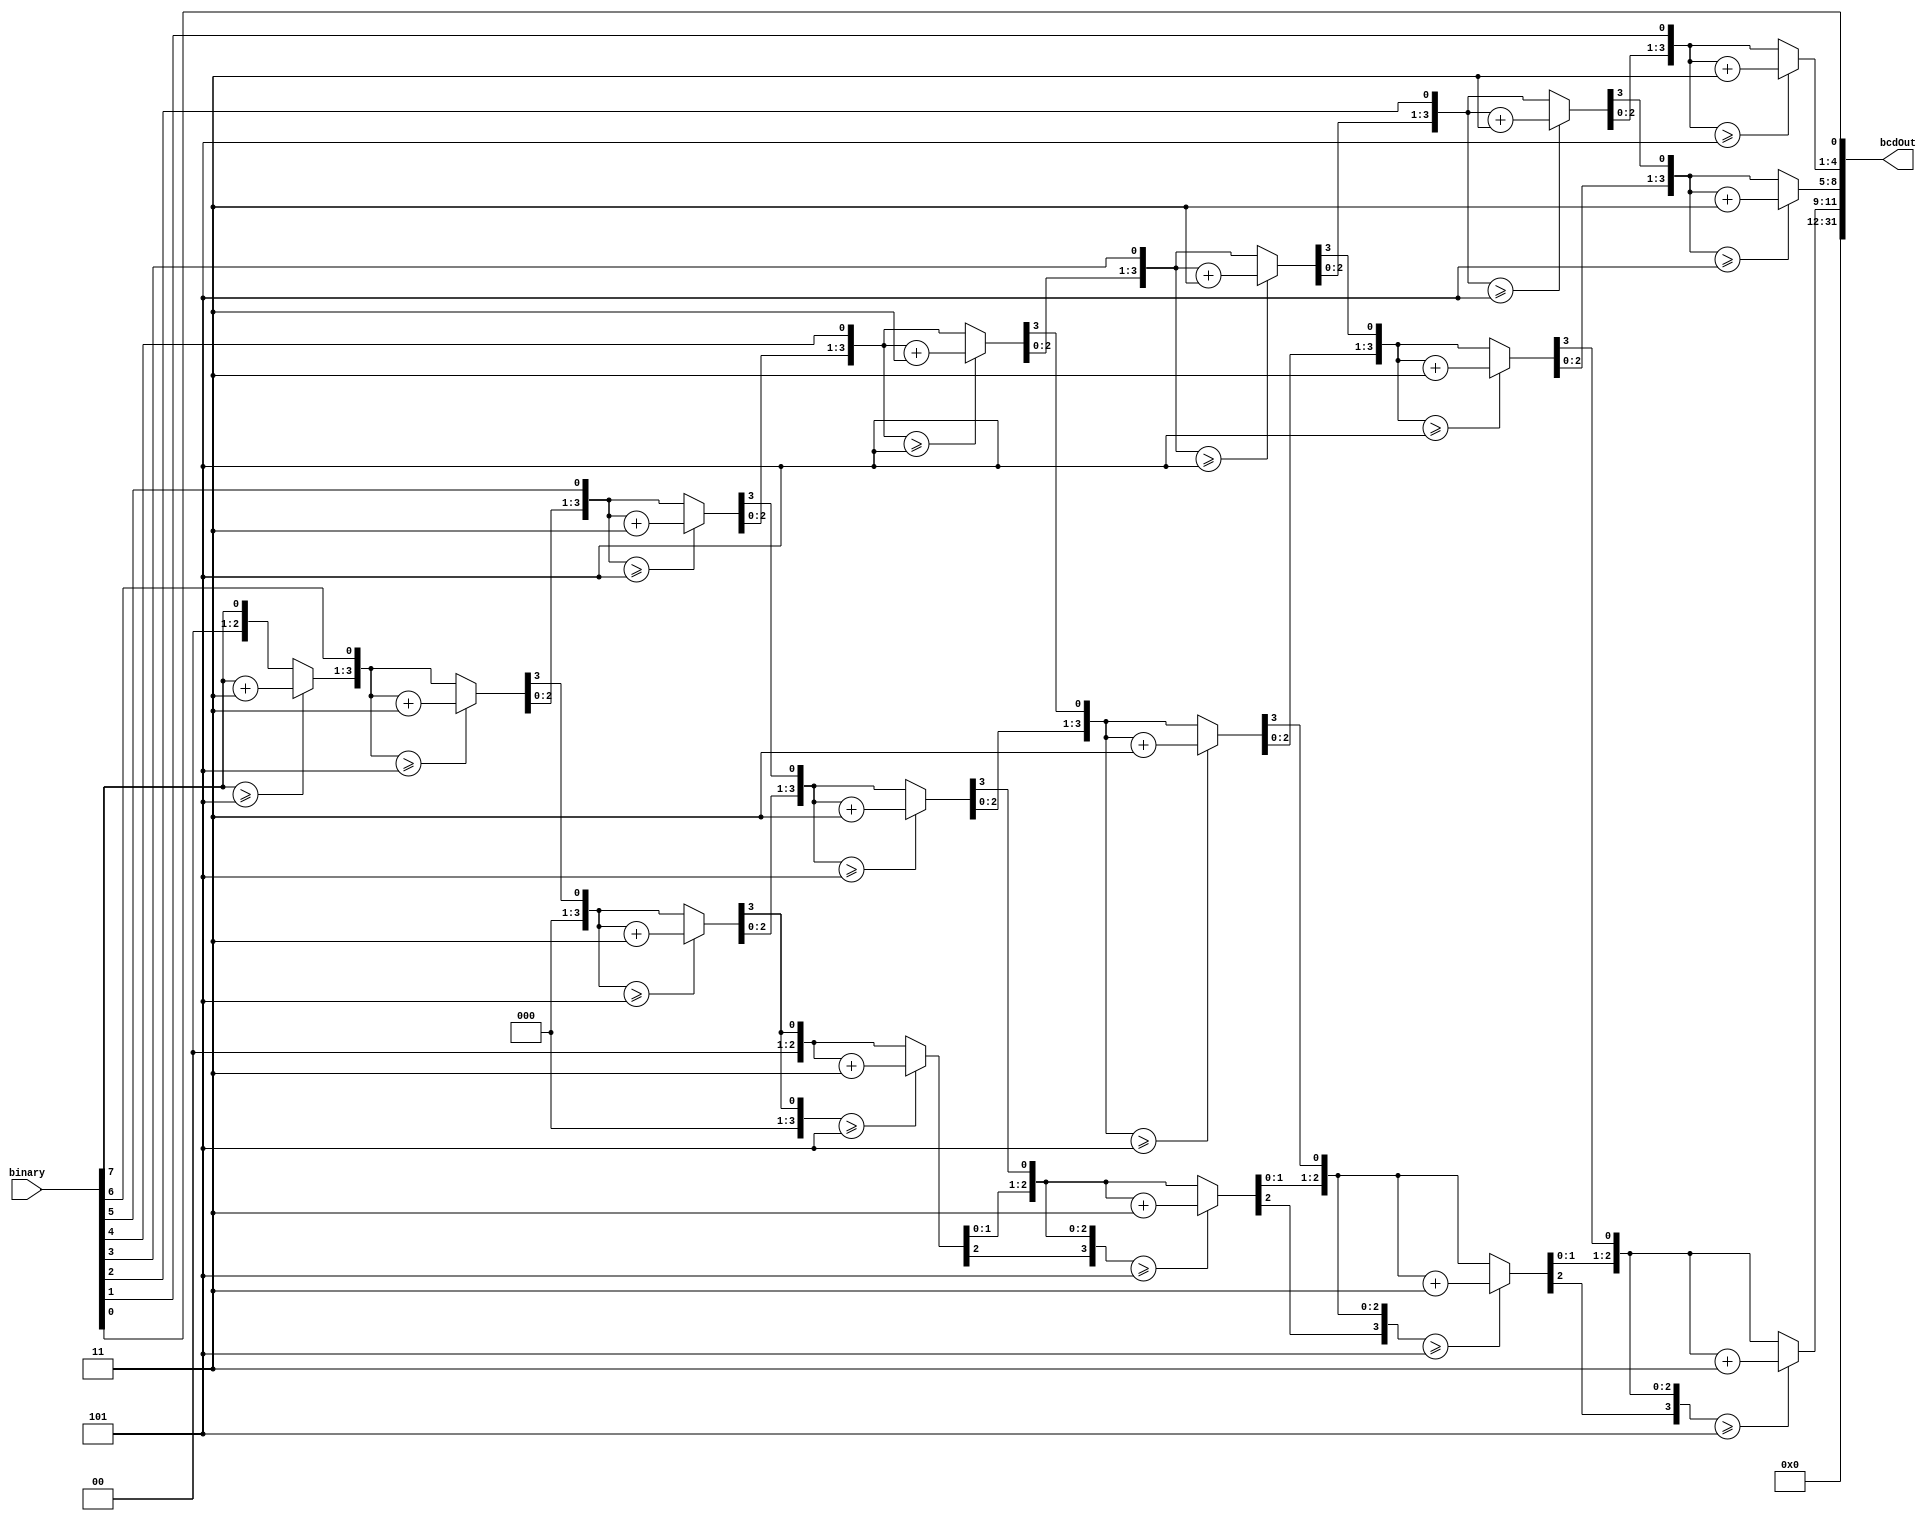
module binary2BCD(binary, bcdOut);
input [31:0]binary;
output reg[31:0]bcdOut;
reg[3:0] hundreds, tens, ones;


integer i;
always@(binary) begin
hundreds = 4'd0;
tens = 4'd0;
ones = 4'd0;

for (i = 7; i>=0; i=i-1) begin
if (hundreds >= 5)
hundreds = hundreds + 3;
if (tens >= 5)
tens = tens + 3;
if (ones >= 5)
ones = ones + 3;

hundreds = hundreds << 1;
hundreds[0] = tens[3];
tens = tens << 1;
tens[0] = ones[3];
ones = ones <<1;
ones[0] = binary[i];
end

bcdOut = {20'd0, hundreds[3:0], tens[3:0], ones[3:0]};

end

endmodule